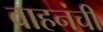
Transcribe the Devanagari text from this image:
वाहनंची